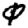
Digit: 0